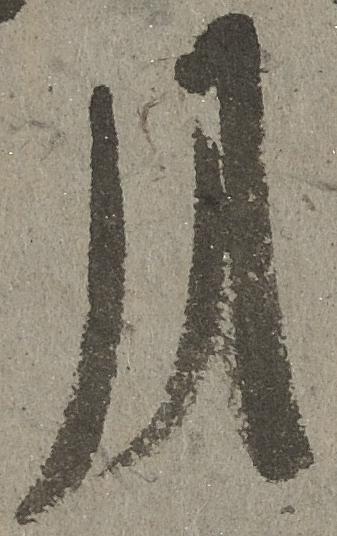
月